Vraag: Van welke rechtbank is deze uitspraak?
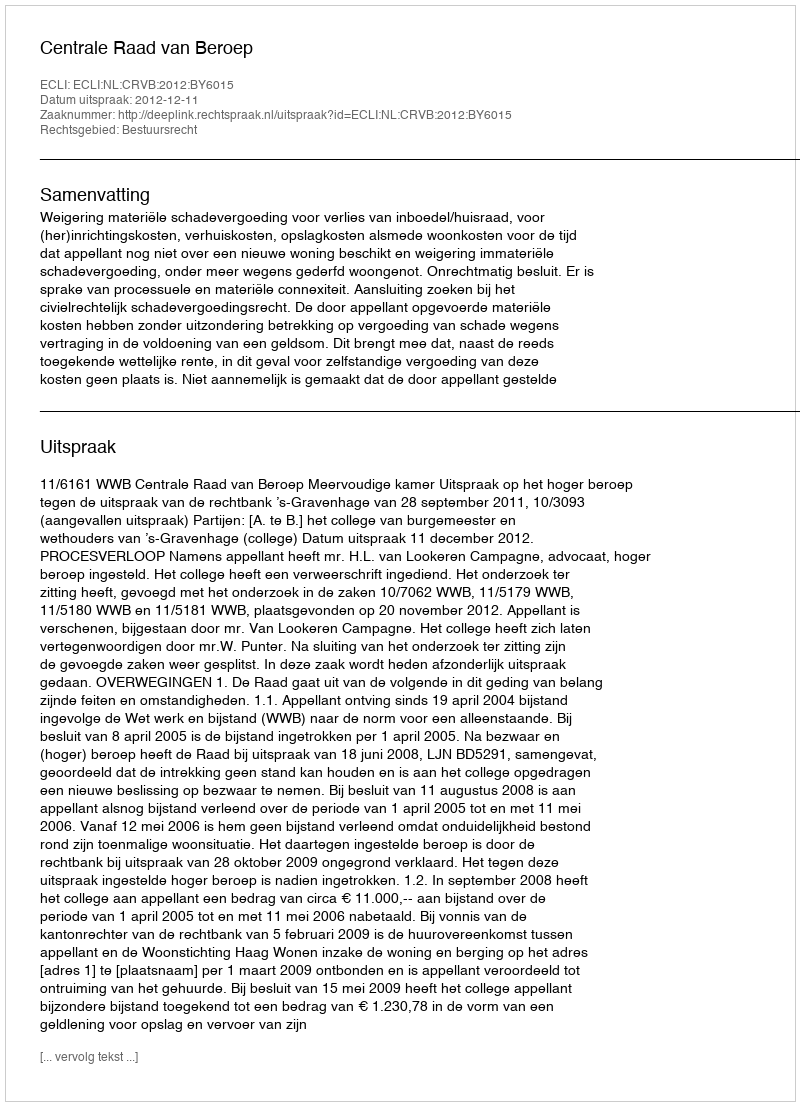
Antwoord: Centrale Raad van Beroep